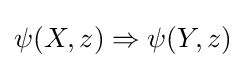
\psi (X,z)\Rightarrow \psi (Y,z)